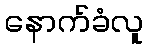
နောက်ခံလူ